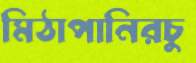
মিঠাপানিরচু